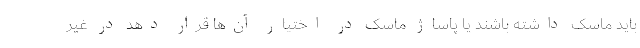
باید ماسک داشته باشند یا پاساژ ماسک در اختیار آن‌ها قرار دهد در غیر